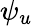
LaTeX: \psi_{u}